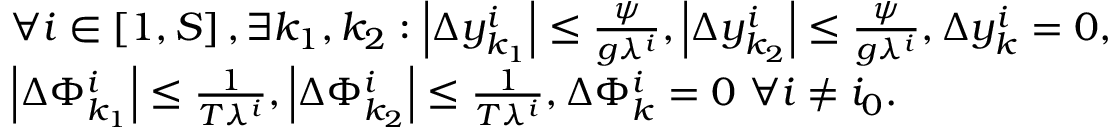
\begin{array} { r l } & { \forall i \in \left[ 1 , S \right] , \exists k _ { 1 } , k _ { 2 } : \left| \Delta y _ { k _ { 1 } } ^ { i } \right| \leq \frac { \psi } { g \lambda ^ { i } } , \left| \Delta y _ { k _ { 2 } } ^ { i } \right| \leq \frac { \psi } { g \lambda ^ { i } } , \Delta y _ { k } ^ { i } = 0 , } \\ & { \left| \Delta \Phi _ { k _ { 1 } } ^ { i } \right| \leq \frac { 1 } { T \lambda ^ { i } } , \left| \Delta \Phi _ { k _ { 2 } } ^ { i } \right| \leq \frac { 1 } { T \lambda ^ { i } } , \Delta \Phi _ { k } ^ { i } = 0 \ \forall i \neq i _ { 0 } . } \end{array}